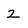
Character: 2